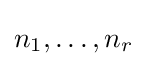
n_{1},\dots ,n_{r}